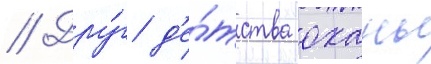
// Дру́г д'е́тства оханы